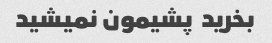
بخرید  پشیمون نمیشید